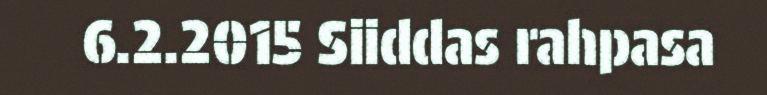
6.2.2015 Siiddas rahpasa